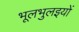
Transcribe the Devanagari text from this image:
भूलभुलइयों